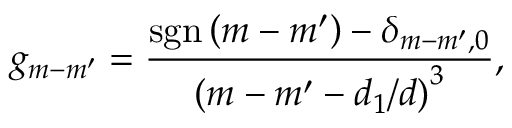
g _ { m - m ^ { \prime } } = \frac { \mathrm { s g n } \left( m - m ^ { \prime } \right) - \delta _ { m - m ^ { \prime } , 0 } } { \left( m - m ^ { \prime } - d _ { 1 } / d \right) ^ { 3 } } ,